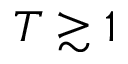
T \gtrsim 1